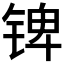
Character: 𰾎